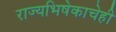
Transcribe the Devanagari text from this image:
राज्यभिषेकाचेही